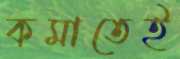
কমাতেই